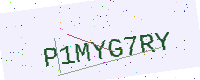
Text: P1MYG7RY